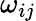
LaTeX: \omega_{ij}